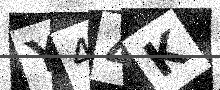
Text: Y44K